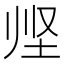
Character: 𱖣